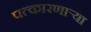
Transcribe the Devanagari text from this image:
पत्कारणाऱ्या